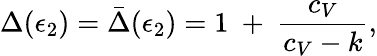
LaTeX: \Delta(\epsilon_{2})=\bar{\Delta}(\epsilon_{2})=1~+~{\frac{c_{V}}{c_{V}-k}},